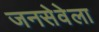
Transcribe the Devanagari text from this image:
जनसेवेला